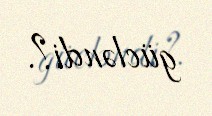
gücləndi?.